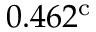
0 . 4 6 2 ^ { \mathrm { c } }